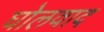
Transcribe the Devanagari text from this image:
घोलवाद